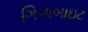
ગિગાબાઇટ